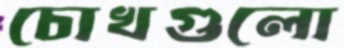
চোখগুলো